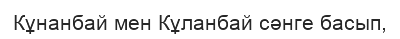
Кұнанбай мен Кұланбай сәнге басып,